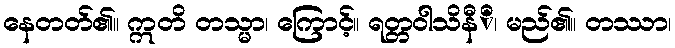
နေတတ်၏။ ဣတိ တသ္မာ၊ ကြောင့်။ ရတ္တဝါသိနီိ၊ မည်၏။ တဿာ၊